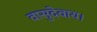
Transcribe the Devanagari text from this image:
वासुदेवाय।